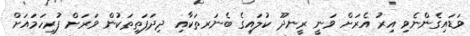
ވަޑައިގެންނެވި އިރު އެރަށް ވަނީ ރީނދޫ ކުލައިގެ ބެނަރތަކާއި ދިދަފަތިތަކުން ވަރަށް ފުރިހަމައަށް